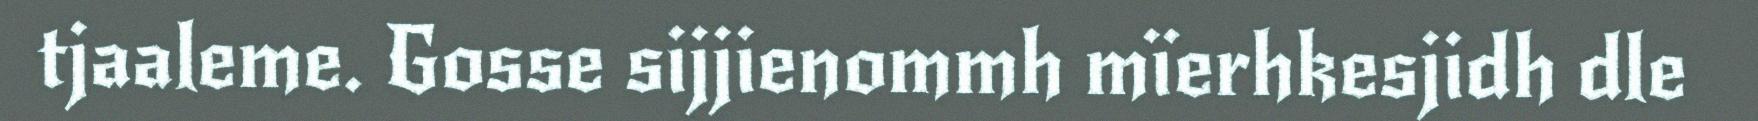
tjaaleme. Gosse sijjienommh mïerhkesjidh dle